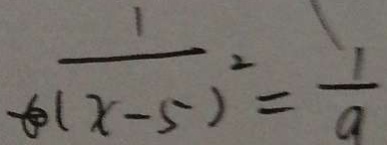
\frac { 1 } { ( x - 5 ) } ^ { 2 } = \frac { 1 } { a }